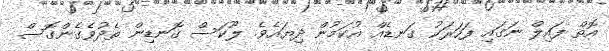
އޮތް ފައިލް ނަގައި ފަހަރަކު ގަނޑެއް އުކަމުން ދިޔައެވެ. ލޫކަސް ގޮނޑިން ތެދުވެގެންގޮސް